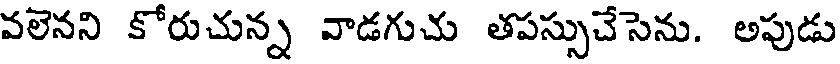
వలెనని కోరుచున్న వాడగుచు తపస్సుచేసెను. అపుడు